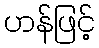
ဟန်ဖြင့်